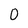
Character: 0